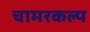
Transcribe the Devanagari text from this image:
चामरकल्प